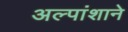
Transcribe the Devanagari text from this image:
अल्पांशाने